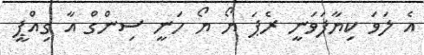
އެ ލަވަ ކިޔާފަވަނީ ރެޕަ ޔޯ ޔޯ ހަނީ ސިންގް އާ ގިއްޕީ